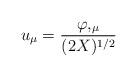
LaTeX: \begin{align*}u_{\mu }={\frac{\varphi ,_{\mu }}{(2X)^{1/2}}}\end{align*}